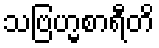
သဗြဟ္မစာရီတိ